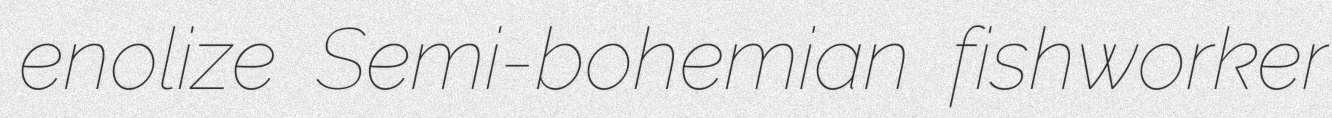
enolize Semi-bohemian fishworker